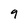
Character: 9